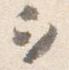
ヲ